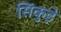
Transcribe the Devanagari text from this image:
सिंकुड़े